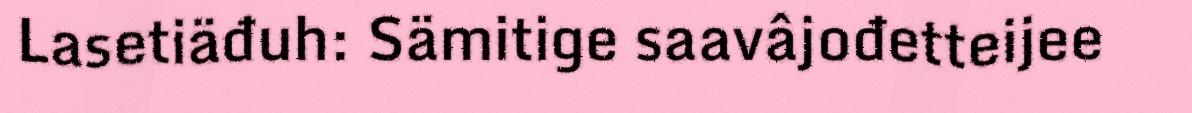
Lasetiäđuh: Sämitige saavâjođetteijee